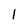
Character: 1